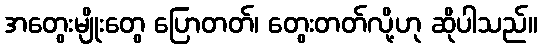
အတွေးမျိုးတွေ ပြောတတ်၊ တွေးတတ်လို့ဟု ဆိုပါသည်။